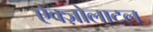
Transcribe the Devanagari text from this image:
ऐक्ज़ोलाटल